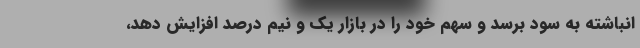
انباشته به سود برسد و سهم خود را در بازار یک و نیم درصد افزایش دهد،